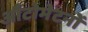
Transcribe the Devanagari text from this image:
औटोमेटनों